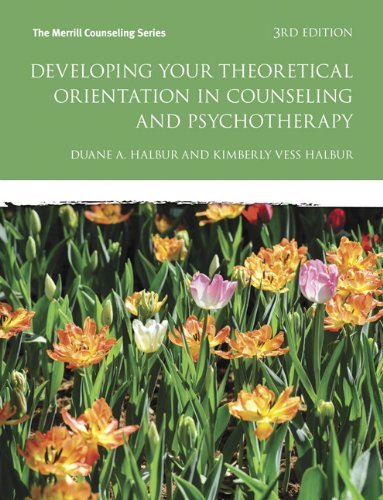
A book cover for Developing Your Theoretical Orientation in Counseling and Psychotherapy (3rd Edition) (Merrill Counseling); Duane A. Halbur; Education & Teaching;